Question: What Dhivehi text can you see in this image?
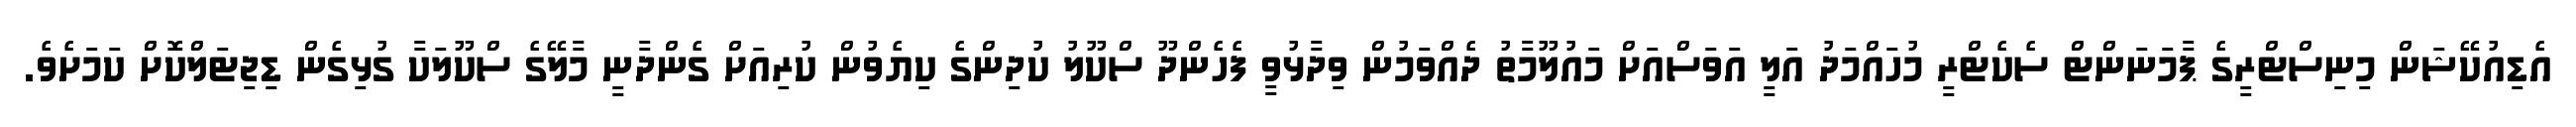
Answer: އެޑިއުކޭޝަން މިނިސްޓްރީގެ ޕާމަނަންޓް ސެކެޓްރީ މުހައްމަދު އަލީ އަވަސްއަށް މައުލޫމާތު ދެއްވަމުން ވިދާޅުވީ ފެހެންދޫ ސްކޫލު ކުދިންގެ ކިޔެވުން ކުރިއަށް ގެންދާނީ މާލޭގެ ސްކޫލަކާ ގުޅިގެން ޑިޖިޓަލްކޮށް ކަމަށެވެ.